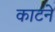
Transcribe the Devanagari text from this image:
काटनेे